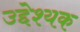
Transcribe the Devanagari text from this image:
उद्देश्यक